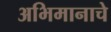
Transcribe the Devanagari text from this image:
अभिमानाचे